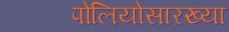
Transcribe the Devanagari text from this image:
पोलियोसारख्या